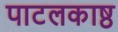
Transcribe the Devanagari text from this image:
पाटलकाष्ठ